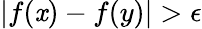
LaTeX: |f(\mathit{x})-f(y)|>\epsilon